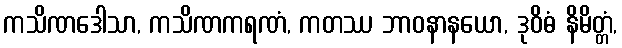
ကသိဏဒေါသာ, ကသိဏကရဏံ, ကတဿ ဘာဝနာနယော, ဒုဝိဓံ နိမိတ္တံ,